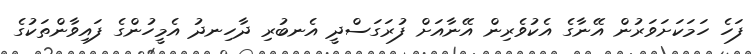
ފަހެ ހަމަކަށަވަރުން އޭނާގެ އެކުވެރިން އޭނާއަށް ފުރަގަސްދީ އެނބުރި ދާހިނދު އެމީހުންގެ ފައިވާންތަކުގެ